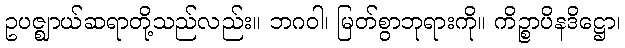
ဥပဇ္ဈာယ်ဆရာတို့သည်လည်း။ ဘဂဝါ၊ မြတ်စွာဘုရားကို။ ကိဉ္စာပိနဒိဋ္ဌော၊